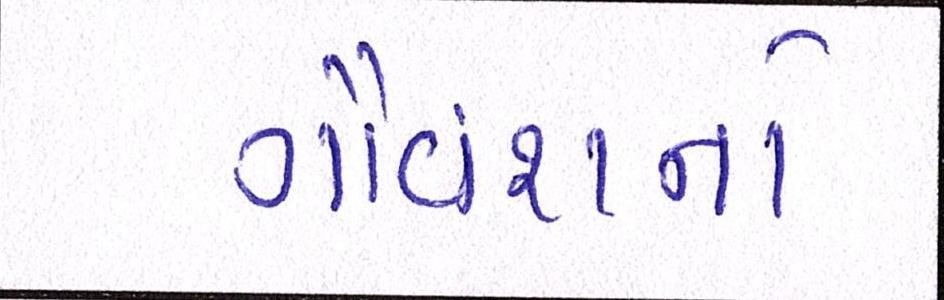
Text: ગૌવંશનો